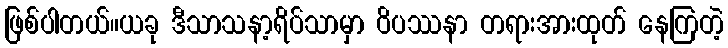
ဖြစ်ပါတယ်။ယခု ဒီသာသနာ့ရိပ်သာမှာ ဝိပဿနာ တရားအားထုတ် နေကြတဲ့